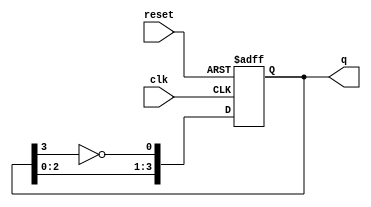
module johnson_counter #(parameter N = 4) (
    input wire clk,       // Clock input
    input wire reset,     // Asynchronous reset
    output reg [N-1:0] q // Counter output
);

    always @(posedge clk or posedge reset) begin
        if (reset) begin
            q <= 0; // Initialize to 0 on reset
        end else begin
            // Shift the state and feed back inverted last flip-flop output
            q <= {q[N-2:0], ~q[N-1]};
        end
    end
endmodule